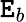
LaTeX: \mathtt{E}_{b}